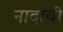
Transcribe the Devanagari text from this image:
नादाची